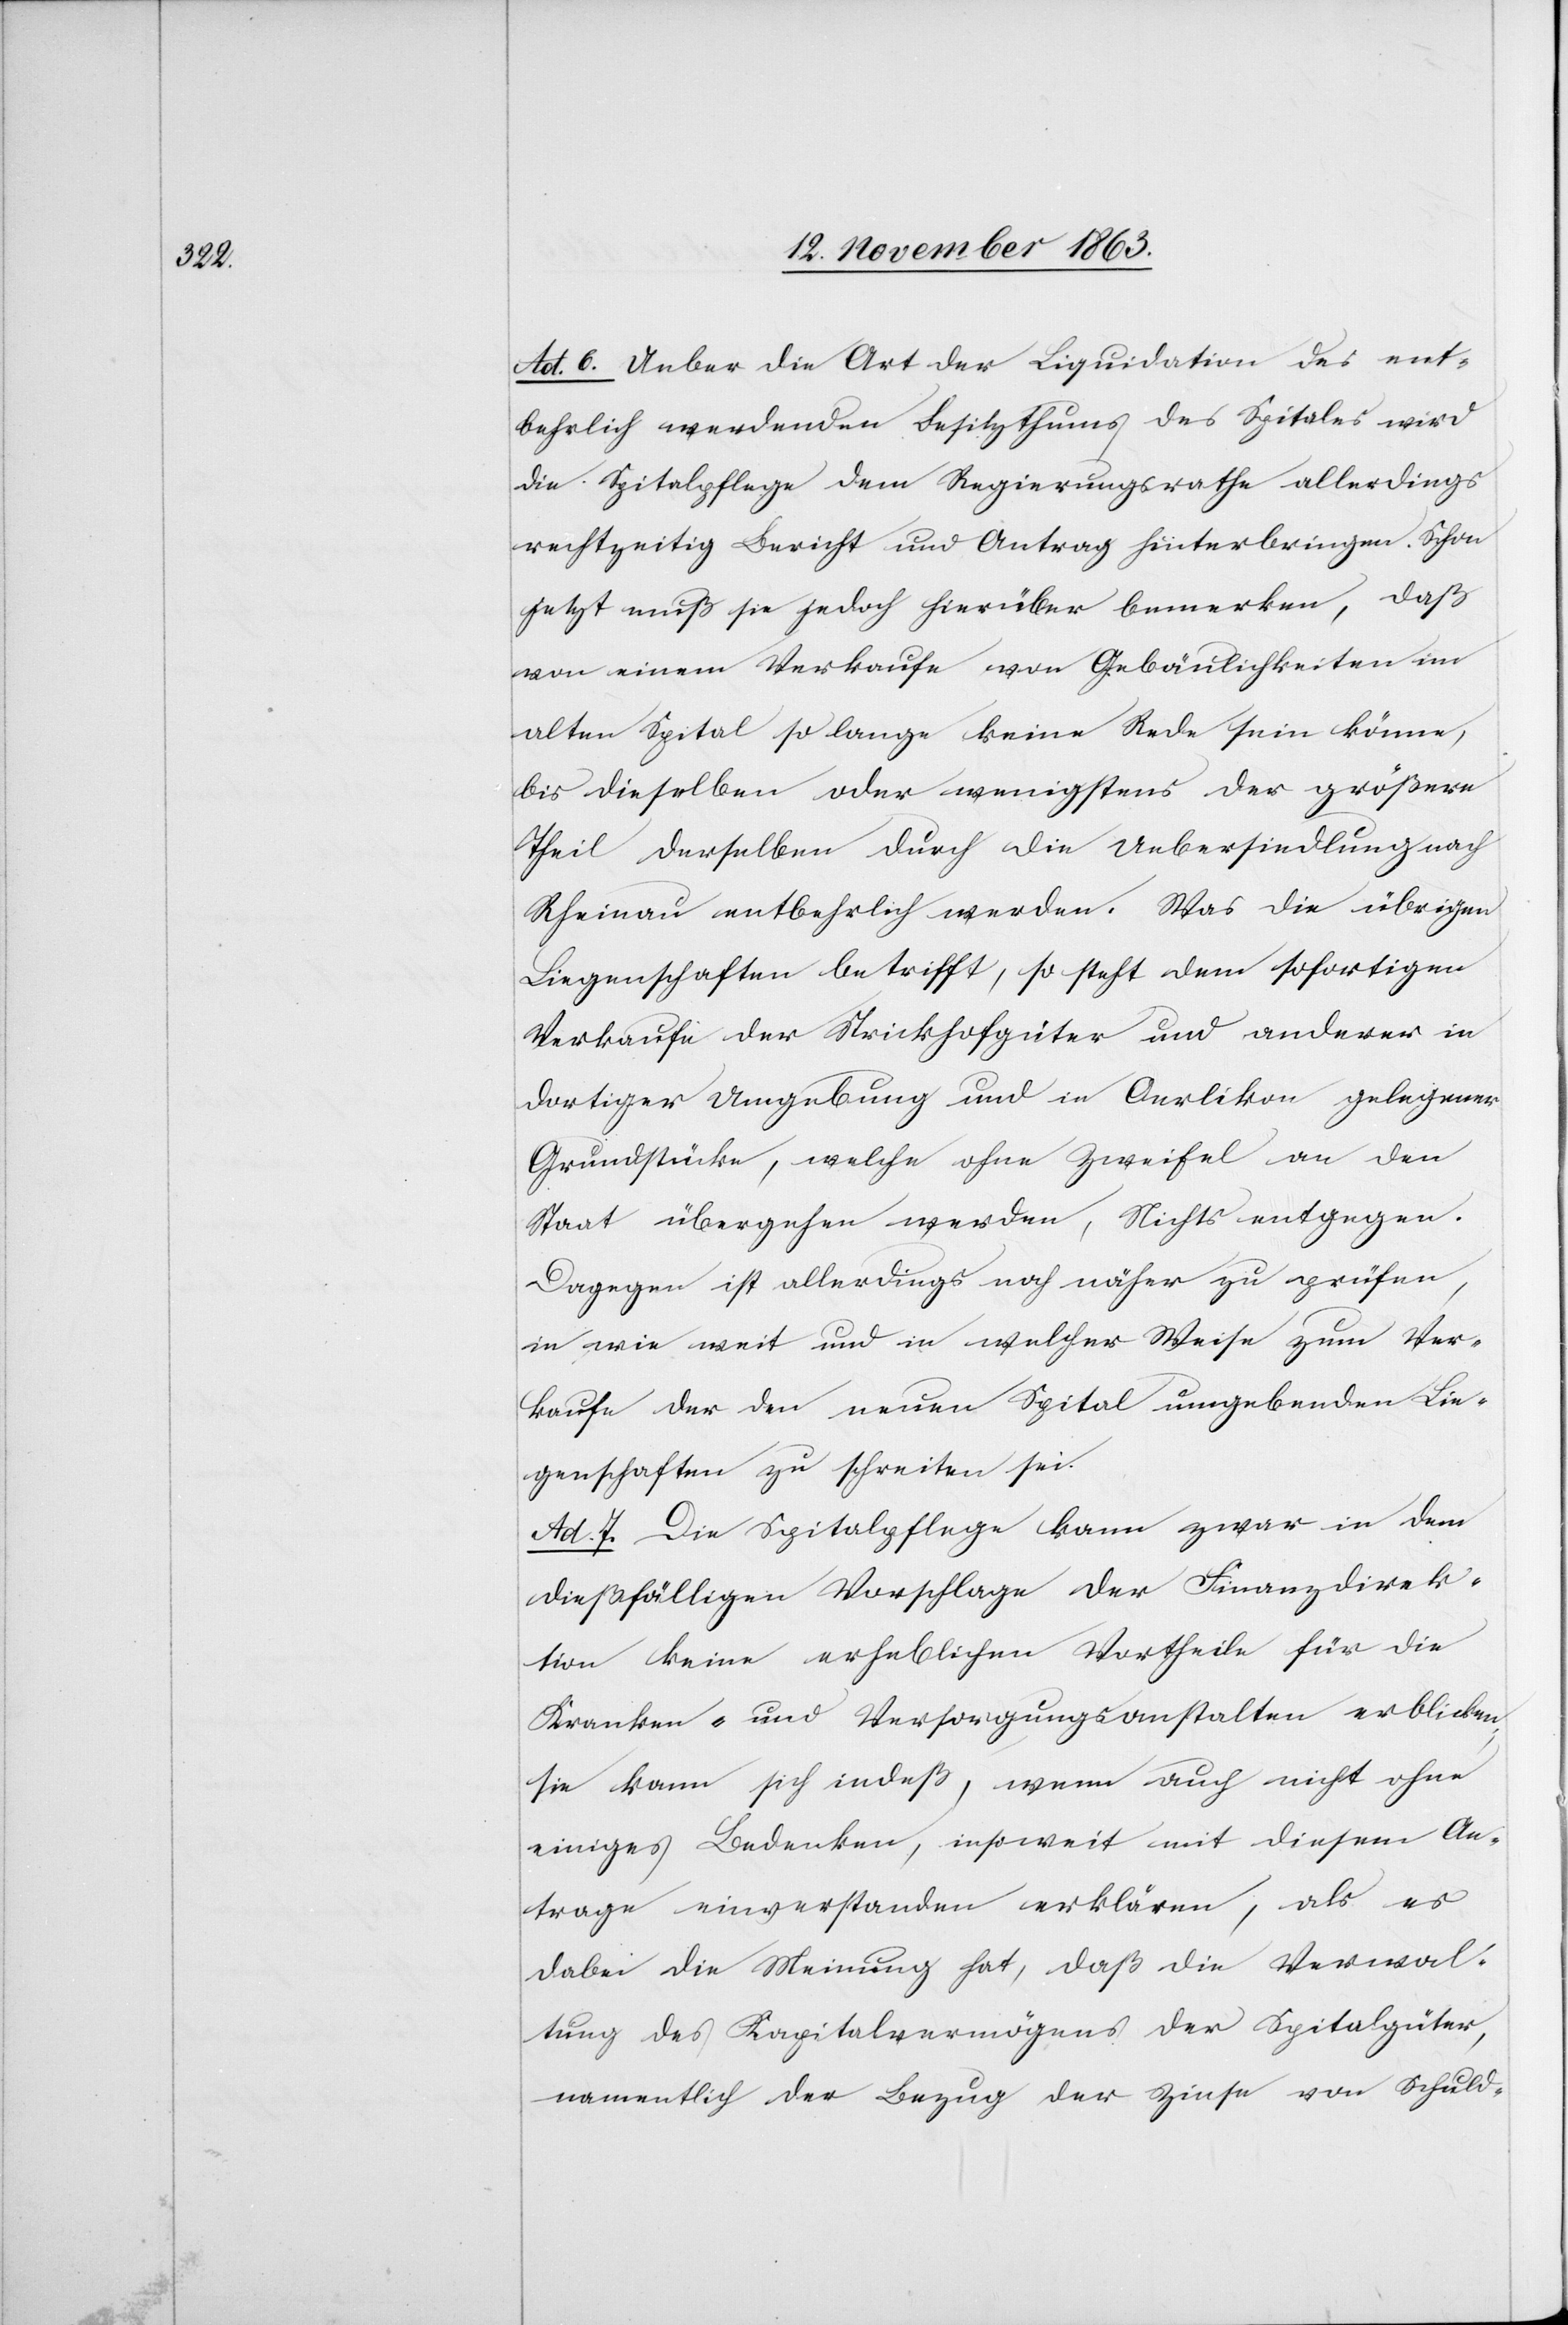
Ad. 6. Ueber die Art der Liquidation des ent¬
behrlich werdenden Besitzthums des Spitales wird
die Spitalpflege dem Regierungsrathe allerdings
rechtzeitig Bericht und Antrag hinterbringen. Schon
jetzt muß sie jedoch hierüber bemerken, daß
von einem Verkaufe von Gebäulichkeiten im
alten Spital so lange keine Rede sein könne,
bis dieselben oder wenigstens der größere
Theil derselben durch die Uebersiedlung nach
Rheinau entbehrlich werden. Was die übrigen
Liegenschaften betrifft, so steht dem sofortigen
Verkaufe der Strickhofgüter und anderer in
dortiger Umgebung und in Oerlikon gelegener
Grundstücke, welche ohne Zweifel an den
Staat übergehen werden, Nichts entgegen.
Dagegen ist allerdings noch näher zu prüfen,
in wie weit und in welcher Weise zum Ver¬
kaufe der den neuen Spital umgebenden Lie¬
genschaften zu schreiten sei.
Ad. 7. Die Spitalpflege kann zwar in dem
dießfälligen Vorschlage der Finanzdirek¬
tion keine erheblichen Vortheile für die
Kranken- und Versorgungsanstalten erblicken;
sie kann sich indeß, wenn auch nicht ohne
einiges Bedenken, insoweit mit diesem An¬
trage einverstanden erklären, als es
dabei die Meinung hat, daß die Verwal¬
tung des Kapitalvermögens der Spitalgüter,
namentlich der Bezug der Zinse von Schuld-